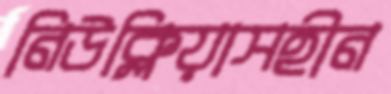
নিউক্লিয়াসহীন